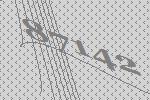
87142